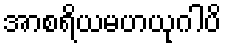
အာစရိယမဟယုဂါပိ